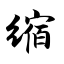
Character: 缩